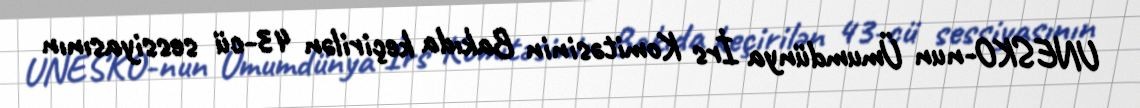
UNESKO-nun Ümumdünya İrs Komitəsinin Bakıda keçirilən 43-cü sessiyasının